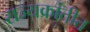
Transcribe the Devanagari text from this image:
राज्यक्रांतीत